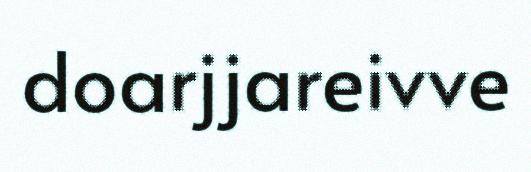
doarjjareivve